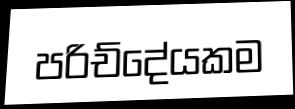
පරිච්දේයකම